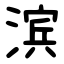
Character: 滨